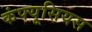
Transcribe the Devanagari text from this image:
कंफ्यूसियस